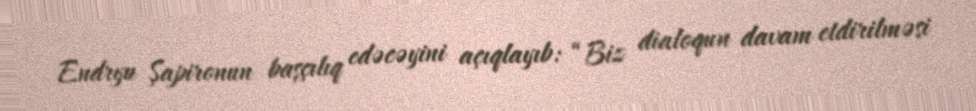
Endryu Şapironun başçılıq edəcəyini açıqlayıb: “Biz dialoqun davam etdirilməsi